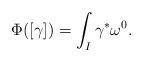
LaTeX: \begin{gather*}\Phi([\gamma])=\int_I\gamma^*\omega^0.\end{gather*}